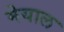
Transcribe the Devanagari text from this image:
मेयाल